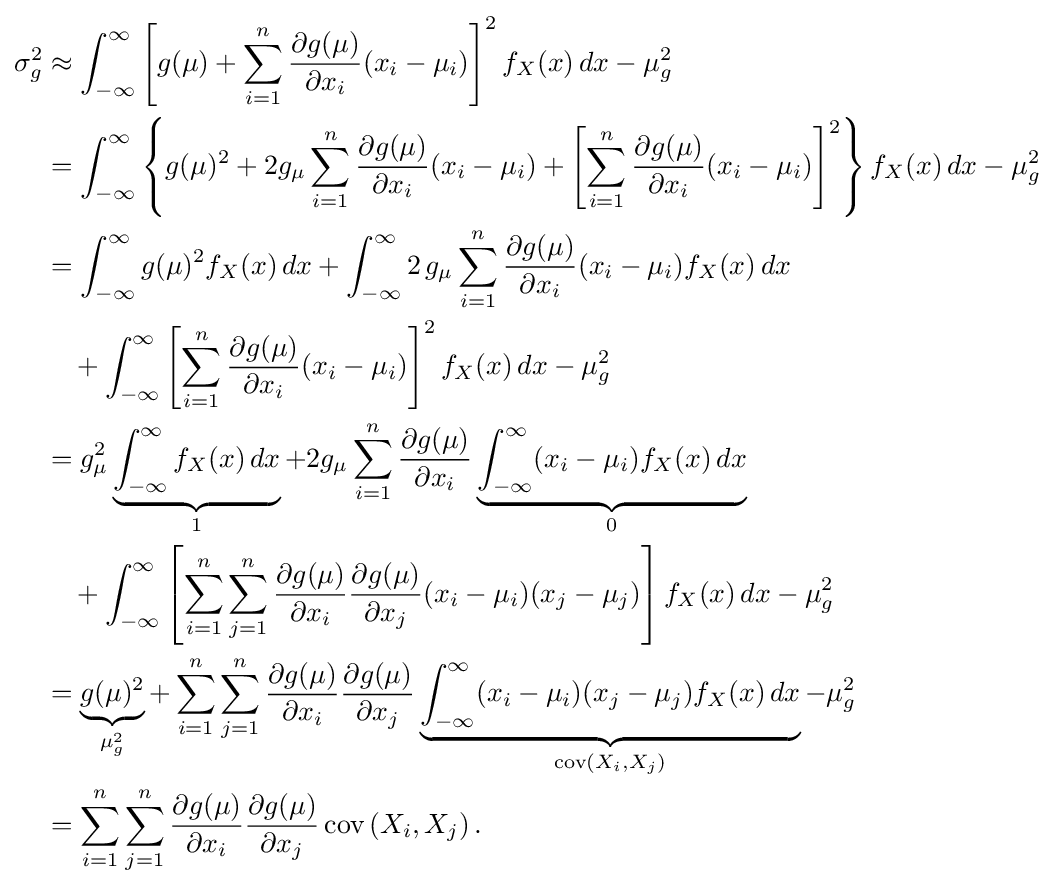
{\begin{aligned}\sigma _{g}^{2}&\approx \int _{-\infty }^{\infty }\left[g(\mu )+\sum _{i=1}^{n}{\frac {\partial g(\mu )}{\partial x_{i}}}(x_{i}-\mu _{i})\right]^{2}f_{X}(x)\,dx-\mu _{g}^{2}\\&=\int _{-\infty }^{\infty }\left\{g(\mu )^{2}+2g_{\mu }\sum _{i=1}^{n}{\frac {\partial g(\mu )}{\partial x_{i}}}(x_{i}-\mu _{i})+\left[\sum _{i=1}^{n}{\frac {\partial g(\mu )}{\partial x_{i}}}(x_{i}-\mu _{i})\right]^{2}\right\}f_{X}(x)\,dx-\mu _{g}^{2}\\&=\int _{-\infty }^{\infty }g(\mu )^{2}f_{X}(x)\,dx+\int _{-\infty }^{\infty }2\,g_{\mu }\sum _{i=1}^{n}{\frac {\partial g(\mu )}{\partial x_{i}}}(x_{i}-\mu _{i})f_{X}(x)\,dx\\&\quad {}+\int _{-\infty }^{\infty }\left[\sum _{i=1}^{n}{\frac {\partial g(\mu )}{\partial x_{i}}}(x_{i}-\mu _{i})\right]^{2}f_{X}(x)\,dx-\mu _{g}^{2}\\&=g_{\mu }^{2}\underbrace {\int _{-\infty }^{\infty }f_{X}(x)\,dx} _{1}+2g_{\mu }\sum _{i=1}^{n}{\frac {\partial g(\mu )}{\partial x_{i}}}\underbrace {\int _{-\infty }^{\infty }(x_{i}-\mu _{i})f_{X}(x)\,dx} _{0}\\&\quad {}+\int _{-\infty }^{\infty }\left[\sum _{i=1}^{n}\sum _{j=1}^{n}{\frac {\partial g(\mu )}{\partial x_{i}}}{\frac {\partial g(\mu )}{\partial x_{j}}}(x_{i}-\mu _{i})(x_{j}-\mu _{j})\right]f_{X}(x)\,dx-\mu _{g}^{2}\\&=\underbrace {g(\mu )^{2}} _{\mu _{g}^{2}}+\sum _{i=1}^{n}\sum _{j=1}^{n}{\frac {\partial g(\mu )}{\partial x_{i}}}{\frac {\partial g(\mu )}{\partial x_{j}}}\underbrace {\int _{-\infty }^{\infty }(x_{i}-\mu _{i})(x_{j}-\mu _{j})f_{X}(x)\,dx} _{\operatorname {cov} \left(X_{i},X_{j}\right)}-\mu _{g}^{2}\\&=\sum _{i=1}^{n}\sum _{j=1}^{n}{\frac {\partial g(\mu )}{\partial x_{i}}}{\frac {\partial g(\mu )}{\partial x_{j}}}\operatorname {cov} \left(X_{i},X_{j}\right).\end{aligned}}